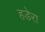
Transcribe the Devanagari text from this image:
हडेरा